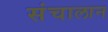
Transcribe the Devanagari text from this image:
संचालान